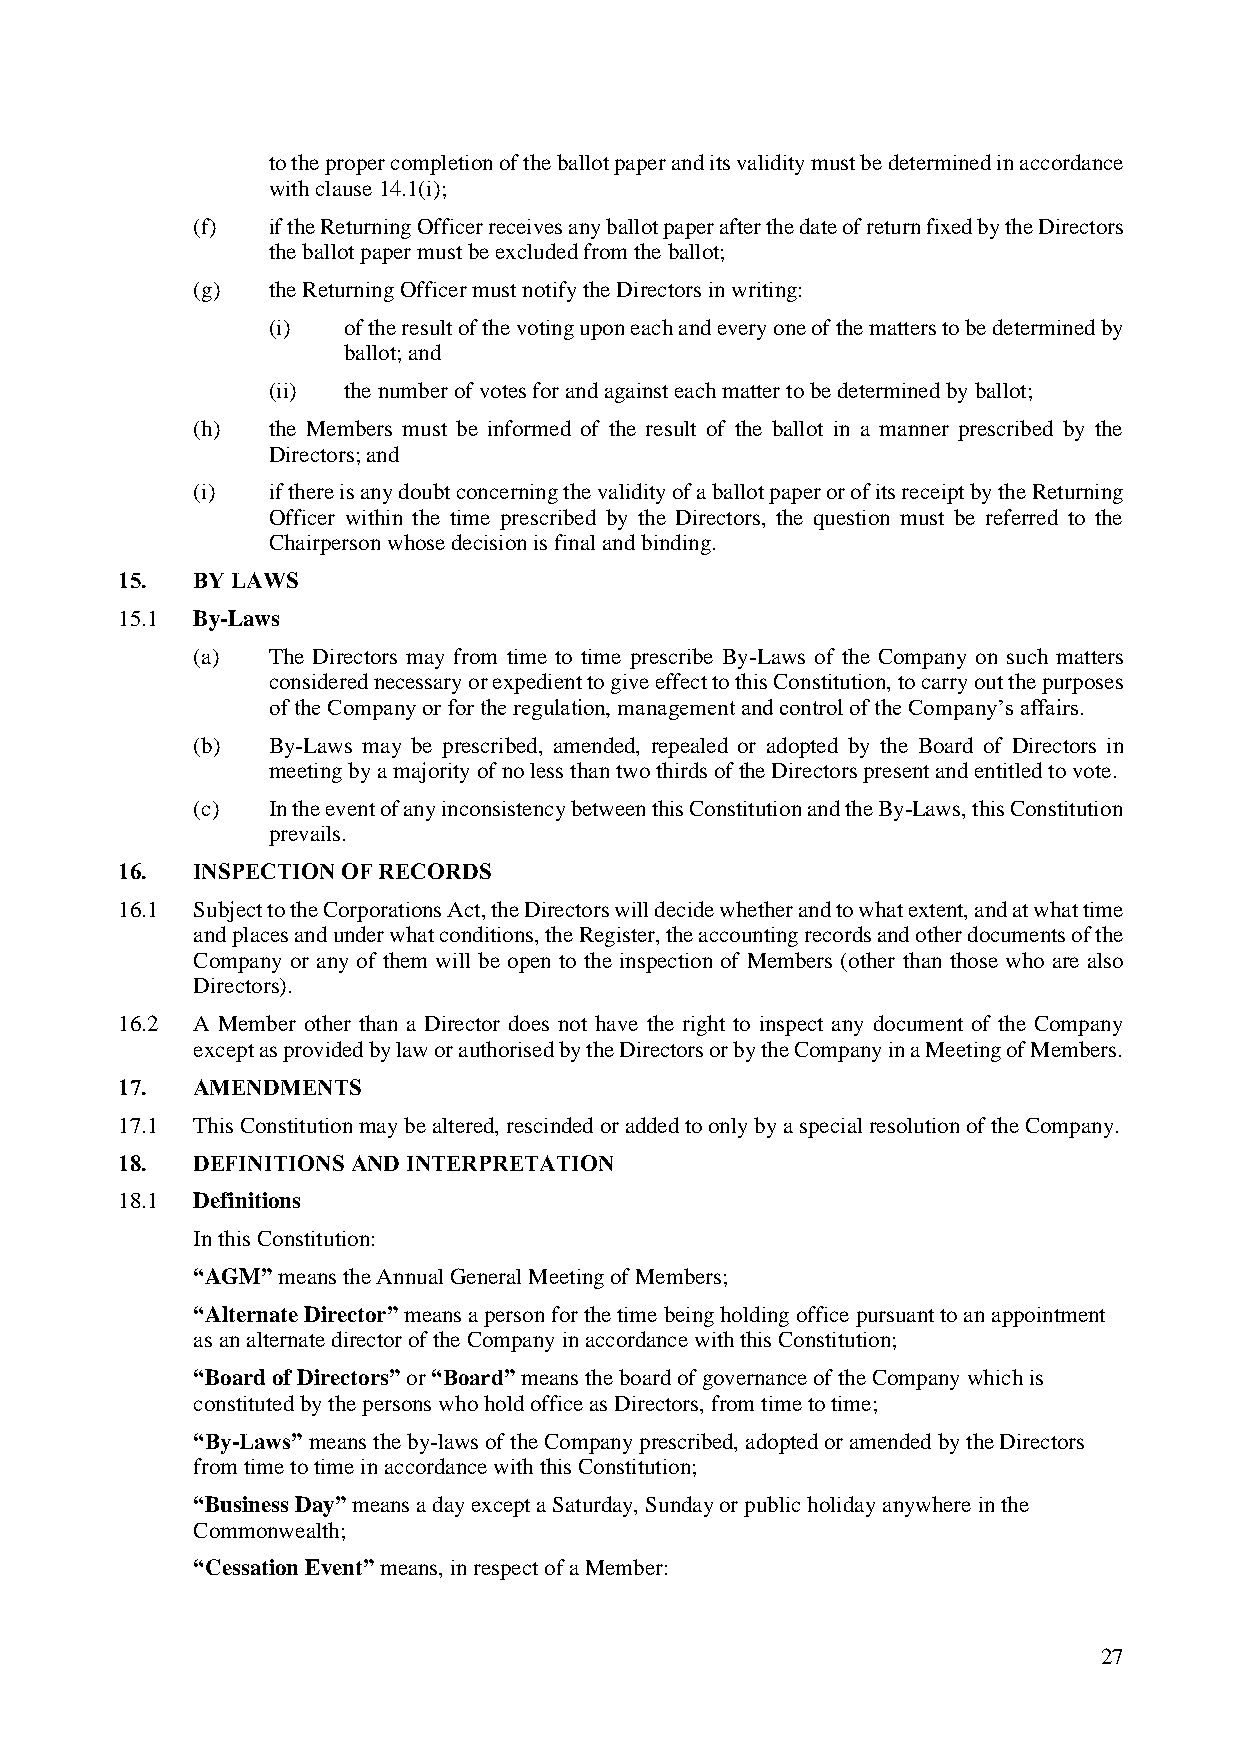
to the proper completion of the ballot paper and its validity must be determined in accordance
 with clause 14.1(i);
 (f)  if the Returning Officer receives any ballot paper after the date of return fixed by the Directors
 the ballot paper must be excluded from the ballot;
 (g)  the Returning Officer must notify the Directors in writing:
 (i)  of the result of the voting upon each and every one of the matters to be determined by
 ballot; and
 (ii) the number of votes for and against each matter to be determined by ballot;
 (h)  the Members must be informed of the result of the ballot in a manner prescribed by the
 Directors; and
 (i)  if there is any doubt concerning the validity of a ballot paper or of its receipt by the Returning
 Officer within the time prescribed by the Directors, the question must be referred to the
 Chairperson whose decision is final and binding.
 15.  BY LAWS
 15.1 By-Laws
 (a)  The Directors may from time to time prescribe By-Laws of the Company on such matters
 considered necessary or expedient to give effect to this Constitution, to carry out the purposes
 of the Company or for the regulation, management and control of the Company’s affairs.
 (b)  By-Laws may be prescribed, amended, repealed or adopted by the Board of Directors in
 meeting by a majority of no less than two thirds of the Directors present and entitled to vote.
 (c)  In the event of any inconsistency between this Constitution and the By-Laws, this Constitution
 prevails.
 16.  INSPECTION OF RECORDS
 16.1 Subject to the Corporations Act, the Directors will decide whether and to what extent, and at what time
 and places and under what conditions, the Register, the accounting records and other documents of the
 Company or any of them will be open to the inspection of Members (other than those who are also
 Directors).
 16.2 A Member other than a Director does not have the right to inspect any document of the Company
 except as provided by law or authorised by the Directors or by the Company in a Meeting of Members.
 17.  AMENDMENTS
 17.1 This Constitution may be altered, rescinded or added to only by a special resolution of the Company.
 18.  DEFINITIONS AND INTERPRETATION
 18.1 Definitions
 In this Constitution:
 “AGM” means the Annual General Meeting of Members;
 “Alternate Director” means a person for the time being holding office pursuant to an appointment
 as an alternate director of the Company in accordance with this Constitution;
 “Board of Directors” or “Board” means the board of governance of the Company which is
 constituted by the persons who hold office as Directors, from time to time;
 “By-Laws” means the by-laws of the Company prescribed, adopted or amended by the Directors
 from time to time in accordance with this Constitution;
 “Business Day” means a day except a Saturday, Sunday or public holiday anywhere in the
 Commonwealth;
 “Cessation Event” means, in respect of a Member:
 27